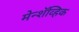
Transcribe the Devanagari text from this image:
मेन्शॅव्हिक